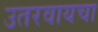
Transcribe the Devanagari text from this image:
उतरवायचा